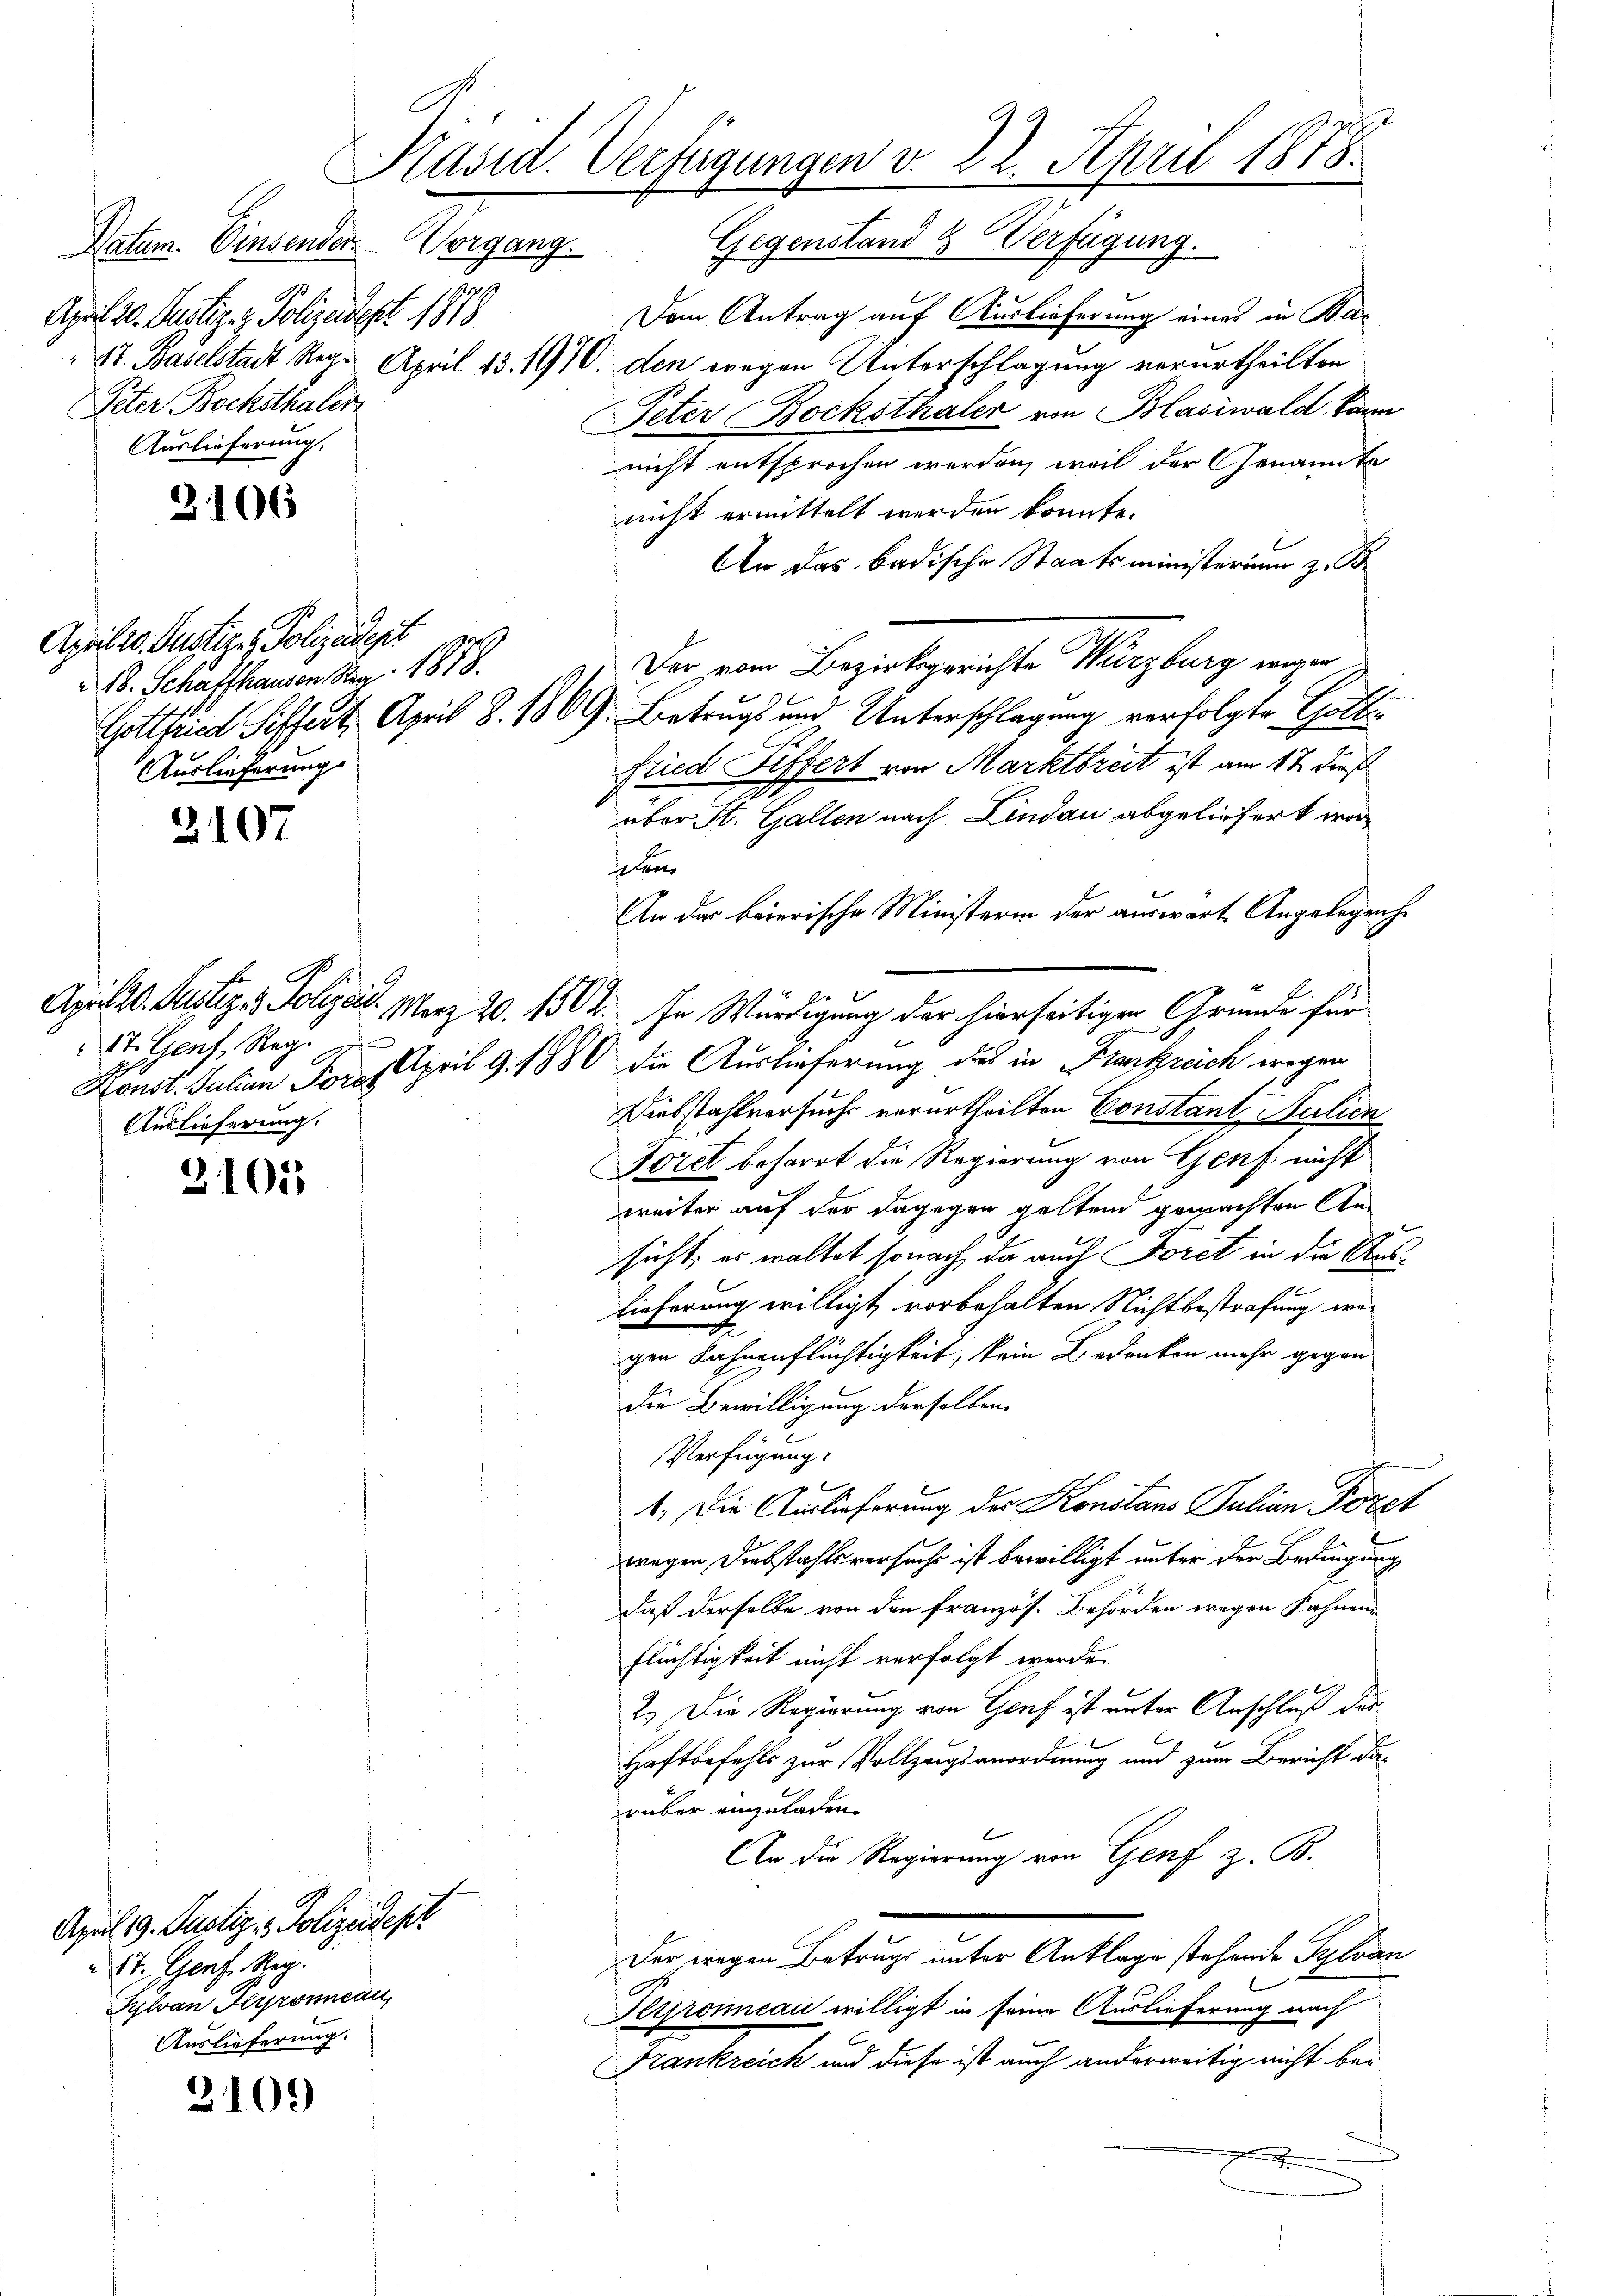
Datum. Einsenden.
April 20. Justiz- & Polizeidept 1878
Peter Bochsthalen
Auslieferung,

3106

Aprilio. Gustiz & Polizeident
18. Schaffhausen Reg. 1878.
Auslieferung.

2107

31015

April 19. Justiz & Polizeidest
St. Genf. Steg.
Sylvan Heyronean
Auslieferung.

2105)

Käsid. Verfügungen v. 22. April 1878.

1

Api 20. Justiz - Polizeit
Merz 20. 1802.
1t. Genf, Reg.
Auslieferung.

Gegenstand & Verfügung.
Dem Antrag auf Auslieferung eines in Bar
1t. Baselstadt Reg. April 13. 1910. den wegen Unterschlagung verurtheilten
Peter Bocksthaler von Blasiwald kann
nicht entsprochen werden, weil der Genannte
nicht ermittelt werden konnte.
An das badische Staatsministerium z. B.
Der von Bezirksgerichte Harzburg eingen
Gottfried Siffert. April 8. 1869. Betrugs und Unterschlagung verfolgte Gottfried Siffert von Marktbreit ist am 17 dieß
e
über St. Gallen nach Lindau abgeliefert worcem
An das baierische Ministerin der auswart Angelegenhe
In Würdigung der hierseitigen Gründe für
Konst. Julian Fores April 9. 1880 die Auslieferung des in Frankreich wegen
Diebstahlversuchs verurtheilten Constant Sulien
Foret beharrt die Regierung von Genf nicht
weiter auf der dagegen geltend gemachten Ansicht, es waltet sonach, da auch Foret in die Aus¬
Eieferung willigt vorbehalten Nichtbestrafung wegen Fahnenflüchtigkeit, kein Bedenken mehr gegen¬
Die Bewilligung derselben.
Verfügung:
f
Cementen
1.) Die Auslieferung der Konstans Julian Pözet
wegen Diebstahls versuche ist bewilligt unter der Bedingung
daß derselbe von den französ. Behörden wegen Fahnen¬
Flüchtigkeit nicht verfolgt werde.
2.) Die Regierung von Genf ist unter Anschluß der
Haftbefehls zur Vollzugsanordnung und zum Bericht darüber einzuladen.
An die Regierung von Genf z. B.
Der wegen Betrugs unter Anklage stehende Sylvan
Perroneau willigt in seine Auslieferung nach
Frankreich und diese ist auch anderweitig nicht be-
.